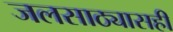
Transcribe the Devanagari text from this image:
जलसाठ्यासही